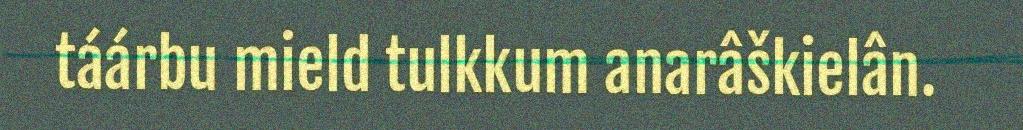
táárbu mield tulkkum anarâškielân.